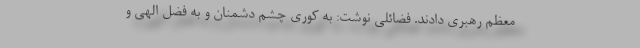
معظم رهبری دادند. فضائلی نوشت: به کوری چشم دشمنان و به فضل الهی و